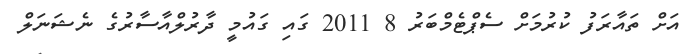
އަށް ތައާރަފު ކުރުމަށް ސެޕްޓެމްބަރު 8 2011 ގައި ގައުމީ ދާރުލްއާސާރުގެ ނެޝަނަލް